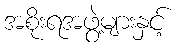
အစိုးရအဖွဲ့များနှင့်